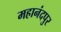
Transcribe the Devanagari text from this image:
महानंदपुर